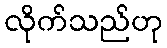
လိုက်သည်ဟု